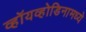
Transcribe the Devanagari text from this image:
व्हॉयव्होडिनामध्ये